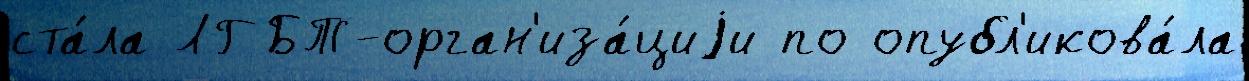
ста́ла ЛГБТ-орган'иза́циjи по опубл'икова́ла